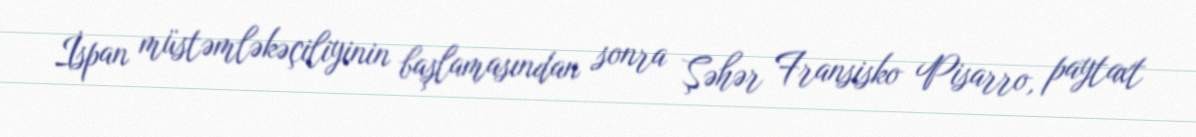
İspan müstəmləkəçiliyinin başlamasından sonra Şəhər Fransisko Pisarro, paytaxt